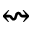
\leftrightsquigarrow